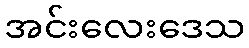
အင်းလေးဒေသ